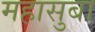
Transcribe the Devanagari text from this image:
महासुबा